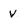
Character: v